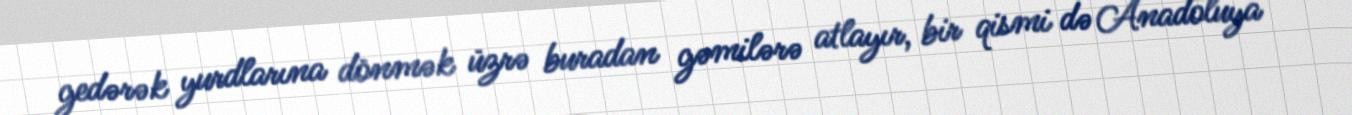
gedərək yurdlarına dönmək üzrə buradan gəmilərə atlayır, bir qismi də Anadoluya